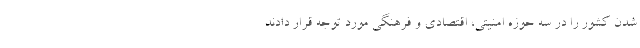
شدن کشور را در سه حوزه امنیتی، اقتصادی و فرهنگی مورد توجه قرار دادند